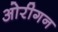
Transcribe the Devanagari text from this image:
ओरीगन